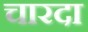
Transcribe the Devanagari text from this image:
चारदा